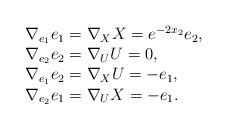
LaTeX: \begin{align*}\begin{array}{ll}\nabla_{e_1} e_1 = \nabla_{X} X = e^{-2x_2} e_2,\\ \nabla_{e_2} e_2 = \nabla_{U} U = 0,\\ \nabla_{e_1} e_2 = \nabla_{X} U = -e_1, \\ \nabla_{e_2} e_1 = \nabla_{U} X = -e_1.\end{array}\end{align*}